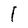
Character: 1